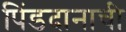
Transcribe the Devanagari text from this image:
पिंडदानाची